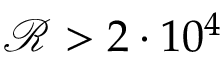
\mathcal { R } > 2 \cdot 1 0 ^ { 4 }